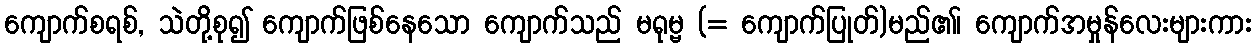
ကျောက်စရစ်, သဲတို့စု၍ ကျောက်ဖြစ်နေသော ကျောက်သည် မရုမ္ဗ (= ကျောက်ပြုတ်)မည်၏၊ ကျောက်အမှုန်လေးများကား